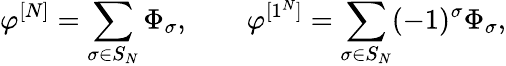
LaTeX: \varphi^{[N]}=\sum_{\sigma\in S_{N}}\Phi_{\sigma},\qquad\varphi^{[1^{N}]}=\sum_{\sigma\in S_{N}}(-1)^{\sigma}\Phi_{\sigma},